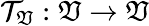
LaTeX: \mathcal{T}_{\mathfrak{V}}:\mathfrak{V}\to\mathfrak{V}